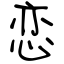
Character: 恋